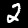
Label: 2